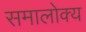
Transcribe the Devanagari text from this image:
समालोक्य